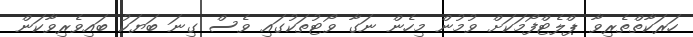
ހަރަކާތްތެރިވާ ޕްލެޓްފޯމަކަށް ވުމުން މިހެން ނަގާ ވޯޓުތަކުގައި ވެސް ގިނަ ބަޔަކު ބައިވެރިވާކަން